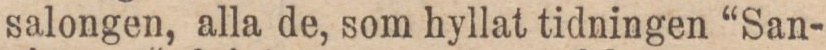
salongen, alla de, som hyllat tidningen “San-